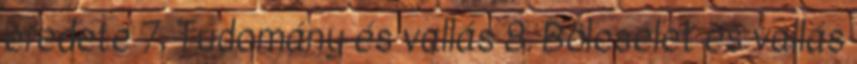
eredete 7. Tudomány és vallás 8. Bölcselet és vallás